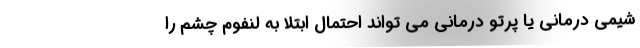
شیمی درمانی یا پرتو درمانی می تواند احتمال ابتلا به لنفوم چشم را